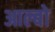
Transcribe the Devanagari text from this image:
आल्बो